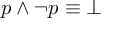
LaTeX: p \wedge \neg p \equiv \bot